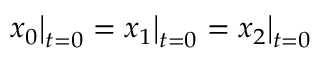
x _ { 0 } \big | _ { t = 0 } = x _ { 1 } \big | _ { t = 0 } = x _ { 2 } \big | _ { t = 0 }